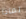
لماذا